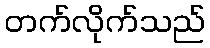
တက်လိုက်သည်